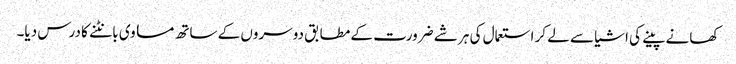
کھانے پینے کی اشیا سے لے کر استعمال کی ہر شے ضرورت کے مطابق دوسروں کے ساتھ مساوی بانٹنے کا درس دیا۔